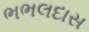
ભભલદાસ